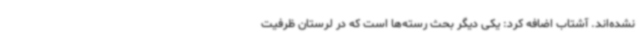
نشده‌اند. آشتاب اضافه کرد: یکی دیگر بحث رسته‌ها است که در لرستان ظرفیت